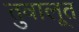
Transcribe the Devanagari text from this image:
तुवालूत